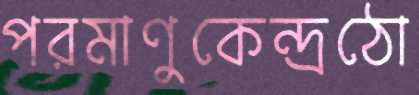
পরমাণুকেন্দ্রঠো